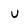
Character: U